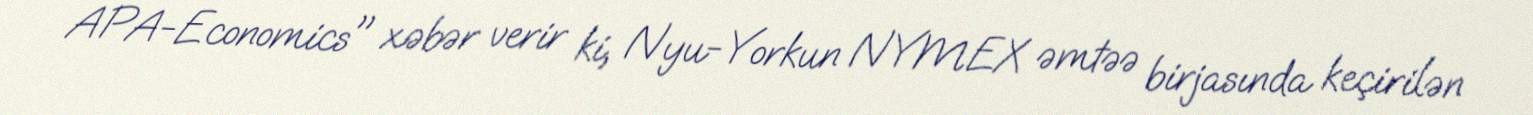
APA-Economics" xəbər verir ki, Nyu-Yorkun NYMEX əmtəə birjasında keçirilən